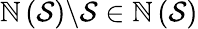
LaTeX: \mathbb{N}\left({\mathcal{{S}}}\right)\backslash{\mathcal{{S}}}\in\mathbb{N}\left({\mathcal{{S}}}\right)